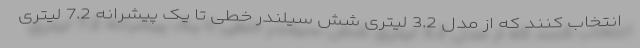
انتخاب کنند که از مدل 3.2 لیتری شش سیلندر خطی تا یک پیشرانه 7.2 لیتری